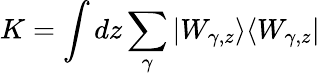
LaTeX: K=\int dz\sum_{\gamma}|W_{\gamma,z}\rangle\langle W_{\gamma,z}|